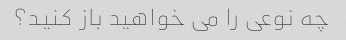
چه نوعی را می خواهید باز کنید؟